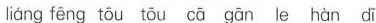
liáng fēng tōu tōu cā gān le hàn dī